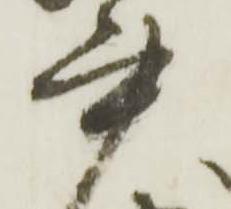
書